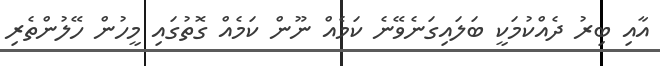
އާއި ބިރު ދެއްކުމަކީ ބަލައިގަނެވޭނެ ކަމެއް ނޫން ކަމެއް ގޮތުގައި މީހުން ހޭލުންތެރި